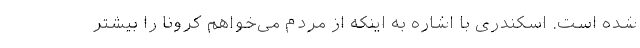
شده است. اسکندری با اشاره به اینکه از مردم می‌خواهم کرونا را بیشتر